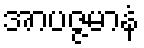
အာပဇ္ဇမာနံ